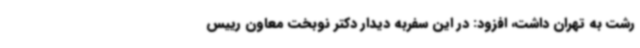
رشت به تهران داشت، افزود: در این سفربه دیدار دکتر نوبخت معاون رییس